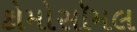
કોમોસૉમલ